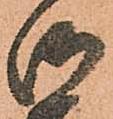
御